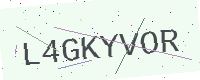
Text: L4GKYVOR